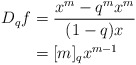
\begin{align*} D_q f&=\frac{x^m-q^m x^m}{(1-q)x}\\&=[m]_q x^{m-1}\end{align*}